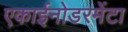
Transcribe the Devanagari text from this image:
एकाईनोडरमेंटा